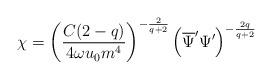
LaTeX: \begin{align*}\chi=\left (\frac{C(2-q)}{4\omega u_{0}m^{4}}\right )^{-\frac{2}{q+2}}\left (\overline{\Psi}^{\prime}\Psi^{\prime}\right )^{-\frac{2q}{q+2}} \end{align*}